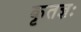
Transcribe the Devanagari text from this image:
कृतज्ञः